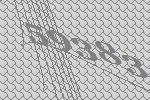
59383